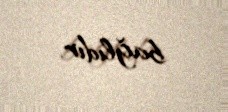
bağlıdır.